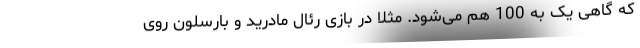
که گاهی یک به 100 هم می‌شود. مثلاً در بازی رئال مادرید و بارسلون روی